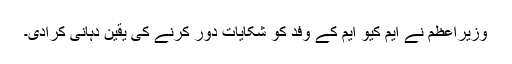
وزیراعظم نے ایم کیو ایم کے وفد کو شکایات دور کرنے کی یقین دہانی کرادی۔